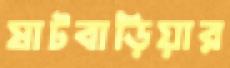
ষাটবাড়িয়ার